Vaccination in Bombay 1924-1928 - 1924-1928
Year: 1924
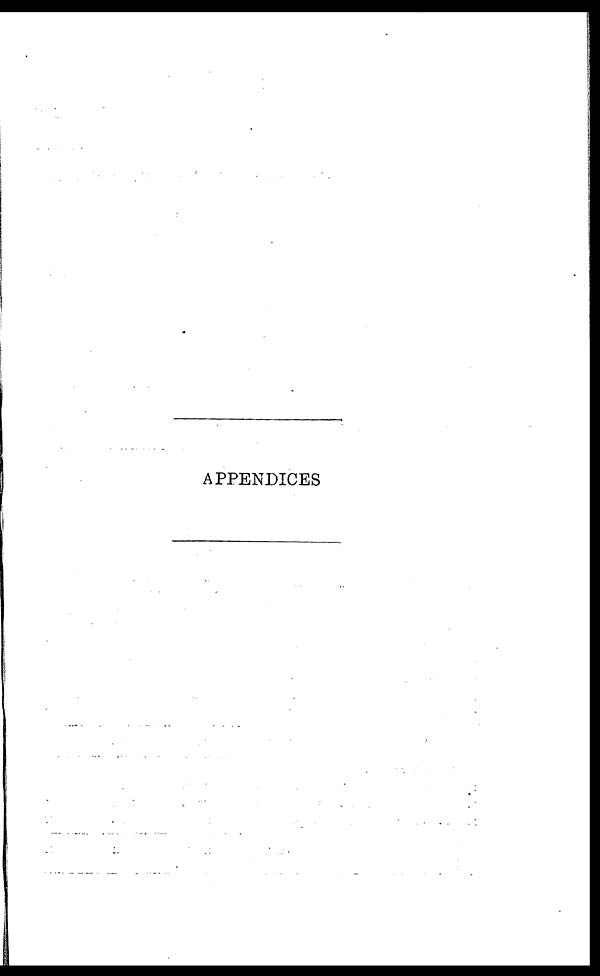
APPENDICES